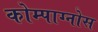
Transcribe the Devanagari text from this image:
कोम्पाग्नोस